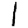
Digit: 1